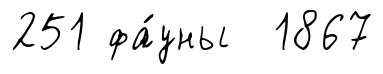
251 фа́уны 1867